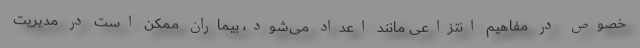
خصوص در مفاهیم انتزاعی مانند اعداد می‌شود، بیماران ممکن است در مدیریت